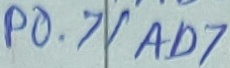
Text: P0.7/AD7